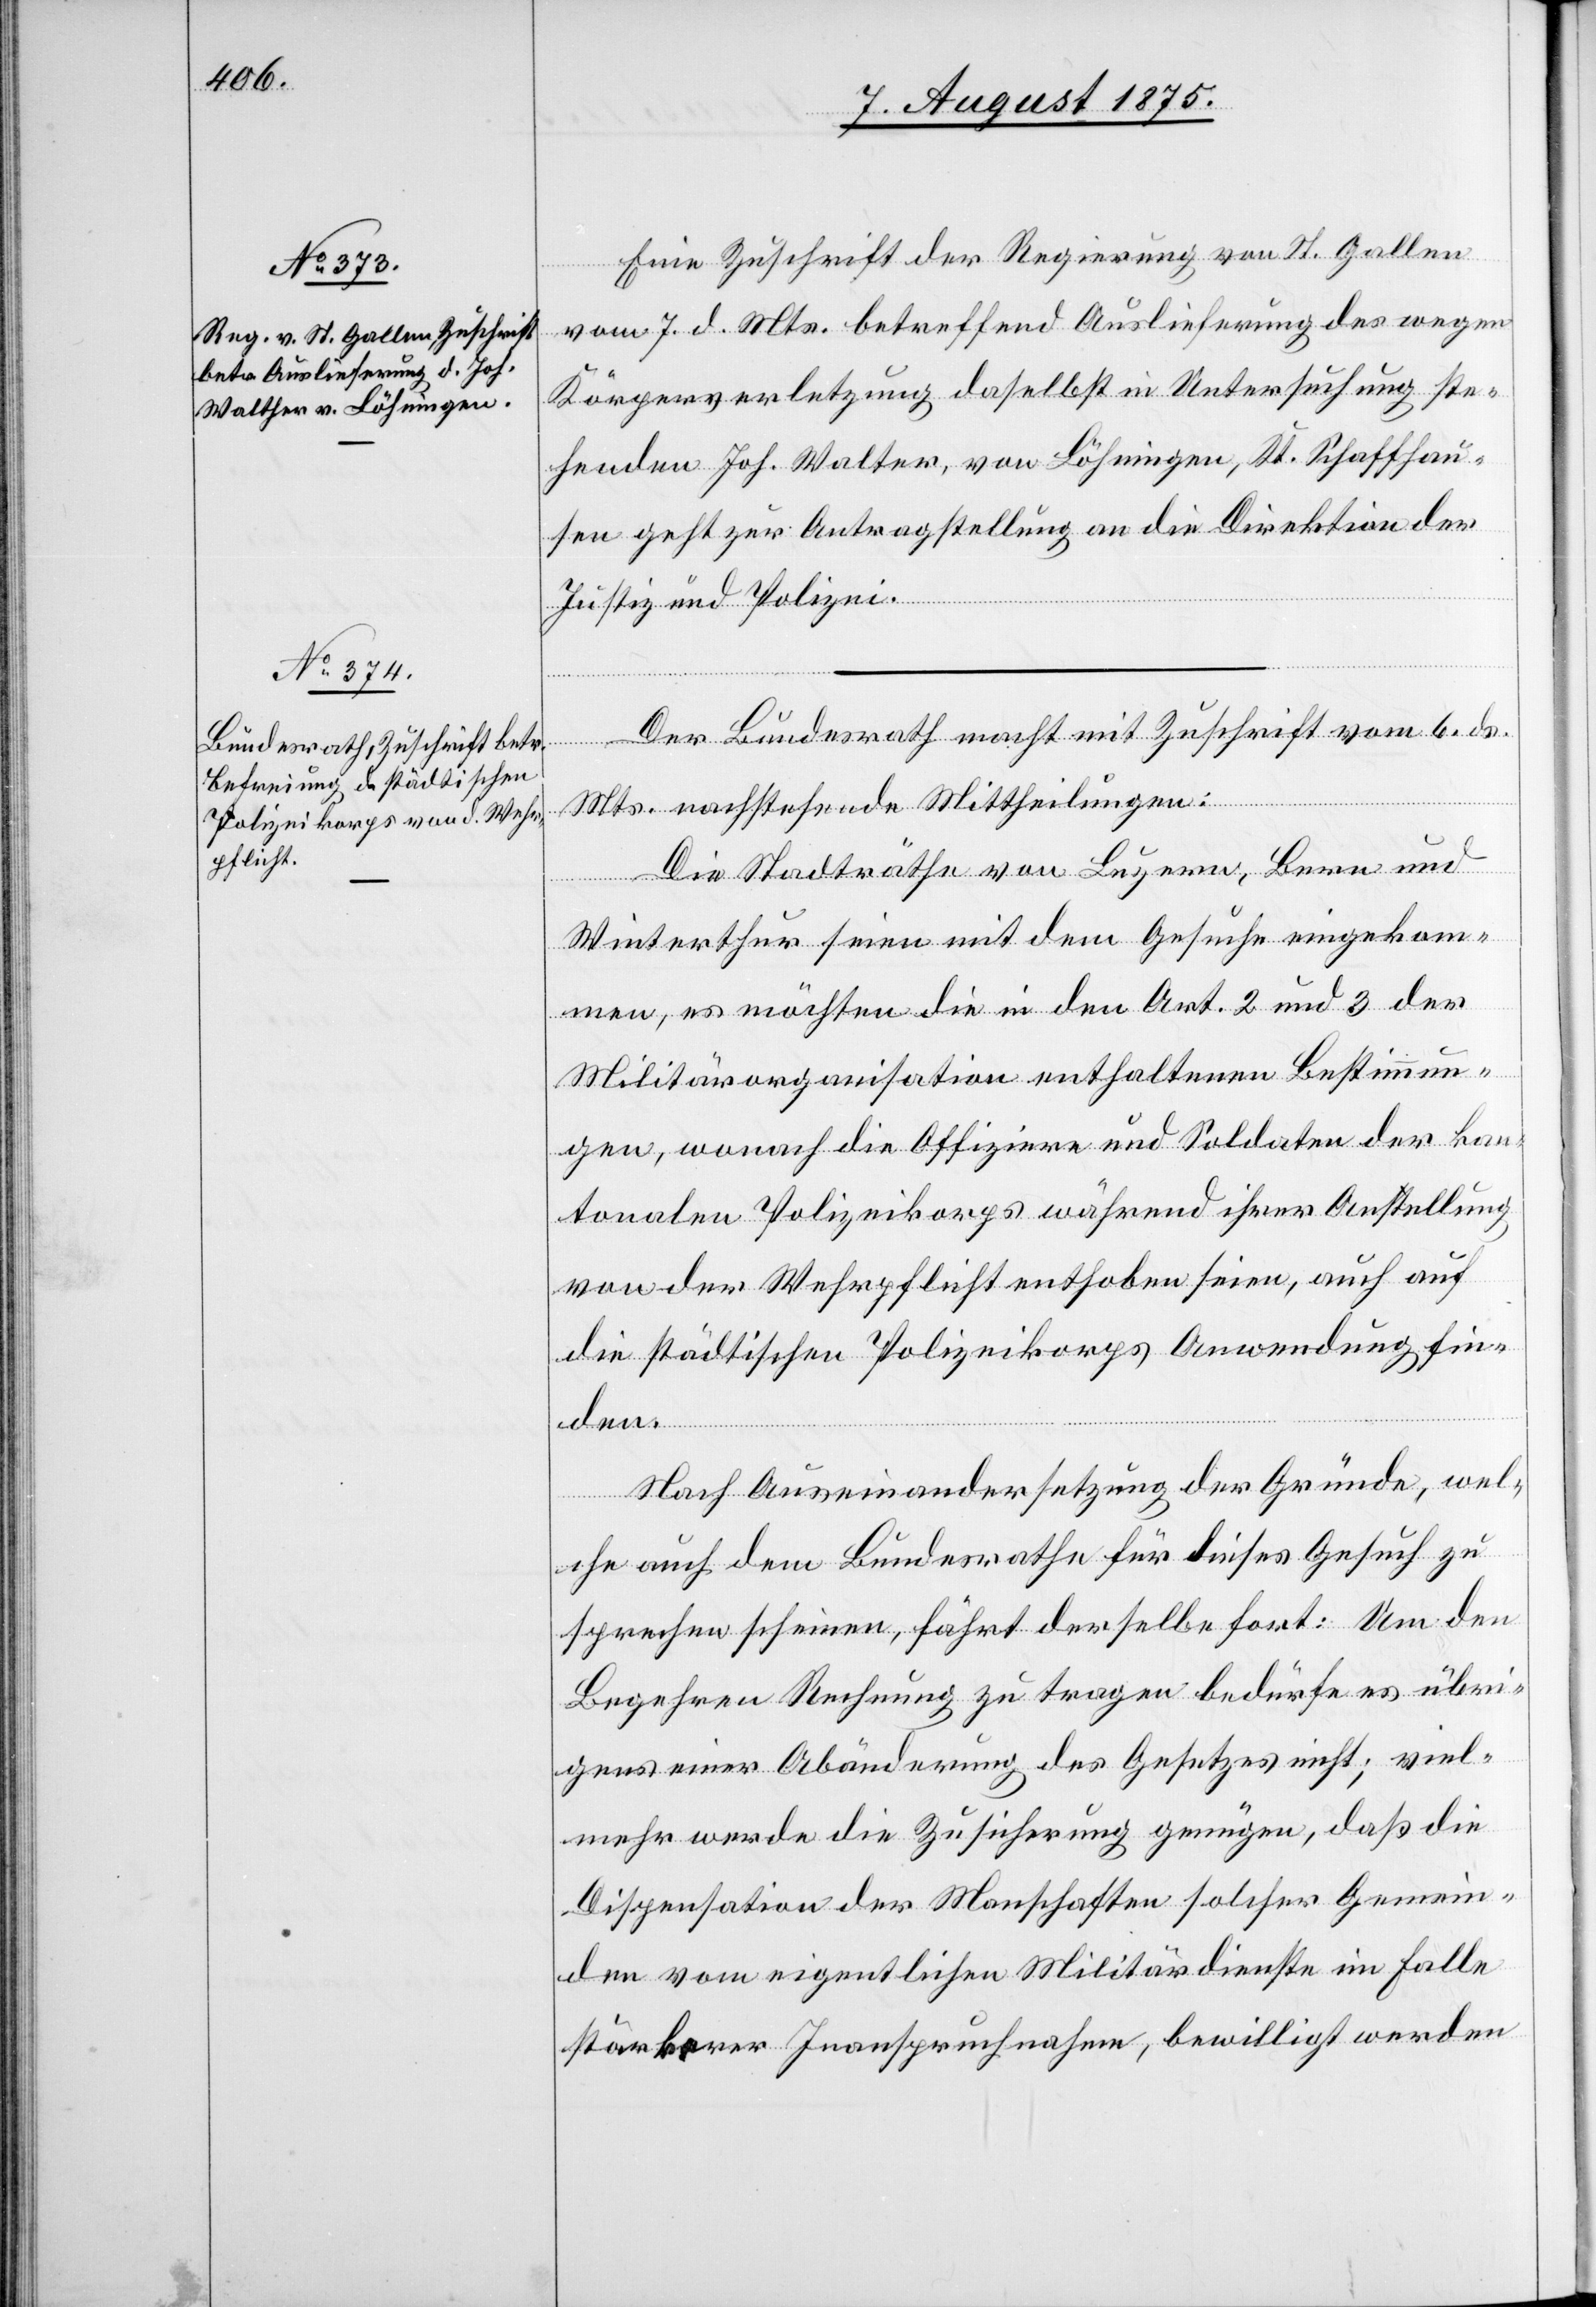
9. August 1875.]
Eine Zuschrift der Regierung von St. Gallen
vom 7. d. Mts. betreffend Auslieferung des wegen
Körperverletzung daselbst in Untersuchung ste¬
henden Joh. Walter [sic!], von Löhringen, Kt. Schaffhau¬
sen geht zur Antragstellung an die Direktion der
Justiz und Polizei.
Der Bundesrath macht mit Zuschrift vom 6. d.
den
Mts. nachstehende Mittheilungen:
Die Stadträthe von Luzern, Bern und
Winterthur seien mit dem Gesuche eingekom¬
men, es möchten die in den Art. 2 und 3 der
Militärorganisation enthaltenen Bestimmun¬
gen, wonach die Offiziere und Soldaten der kan¬
tonalen Polizeikorps während ihrer Anstellung
von der Wehrpflicht enthoben sind, auch auf
die städtischen Polizeikorps Anwendung fin¬
den.
Nach Auseinandersetzung der Gründe, wel¬
che auch dem Bundesrathe für dieses Gesuch zu
sprechen scheinen, fährt derselbe fort:
Begehren Rechnung zu tragen bedürfe es übri¬
gens einer Abänderung des Gesetzes nicht; viel¬
mehr werde die Zusicherung genügen, daß die
Dispensation der Man[n]schaften solcher Gemein¬
den vom eigentlichen Militärdienste im Falle
stärkerer Inanspruchnahme, bewilligt werden